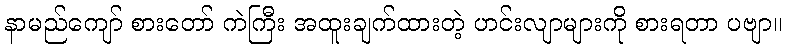
နာမည်ကျော် စားတော် ကဲကြီး အထူးချက်ထားတဲ့ ဟင်းလျာများကို စားရတာ ပဗျာ။